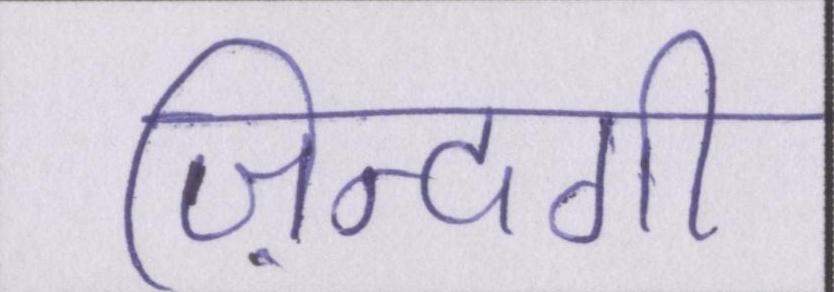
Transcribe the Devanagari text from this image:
ज़िन्दगी